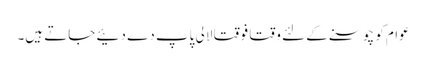
عوام کو چوسنے کے لئے وقتا فوقتا لالی پاپ دے دئیے جاتے ہیں۔